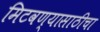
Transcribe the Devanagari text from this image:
मिटवण्यासाठीचा